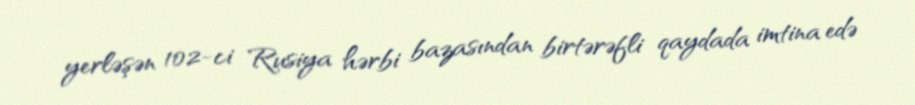
yerləşən 102-ci Rusiya hərbi bazasından birtərəfli qaydada imtina edə